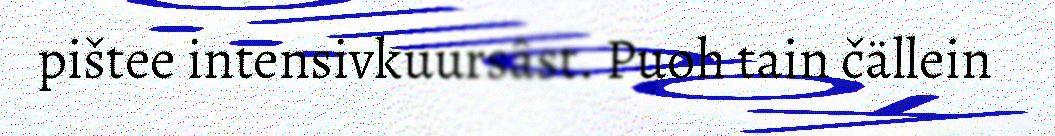
pištee intensivkuursâst. Puoh tain čällein